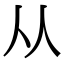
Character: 从